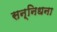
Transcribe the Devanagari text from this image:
सन्निधना